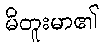
မိတူးမာ၏